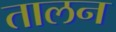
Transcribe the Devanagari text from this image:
तालन